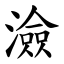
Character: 澰